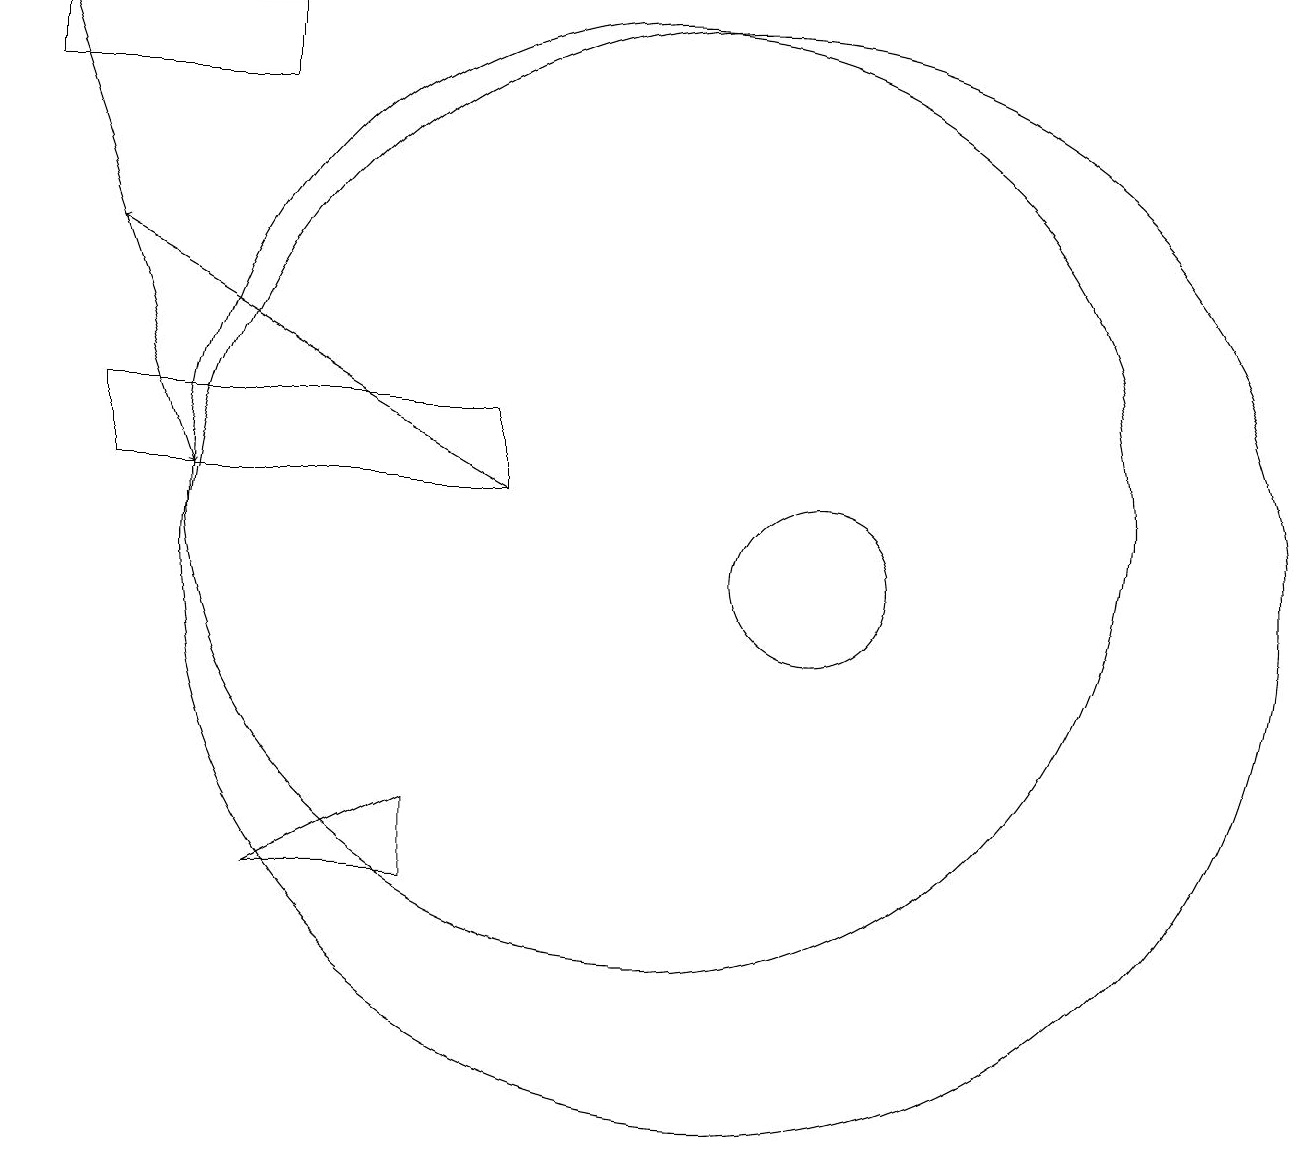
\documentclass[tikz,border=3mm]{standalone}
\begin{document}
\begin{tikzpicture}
\draw (3,11) rectangle (8,12);
\draw (12,10) circle (1);
\draw (7,6) -- (7,7) -- (5,6) -- cycle;
\draw[->] (2,17) -- (4,11);
\draw (10,11) circle (6);
\draw (11,10) circle (7);
\draw[->] (8,11) -- (3,14);
\draw (2,17) rectangle (5,16);
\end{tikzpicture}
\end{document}